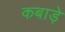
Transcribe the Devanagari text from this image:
कबाड़े